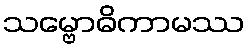
သမ္ဗောဓိကာမဿ